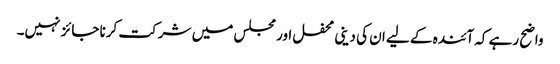
واضح رہے کہ آئندہ کے لیے ان کی دینی محفل اور مجلس میں شرکت کرنا جائز نہیں۔